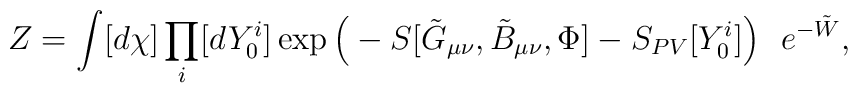
Z =\int[d\chi]\prod_{i}[dY^i_0]\exp\Big(-S[\tilde{G}_{\mu\nu},\tilde{B}_{\mu\nu},\Phi] - S_{PV}[Y_0^i] \Big)\ \ e^{-\tilde W},\nonumber\\